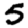
Digit: 5